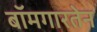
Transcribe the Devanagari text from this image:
बॉमगारतेन